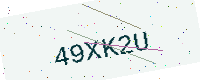
Text: 49XK2U